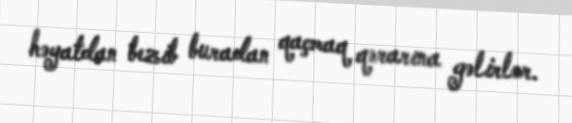
həyatdan bezib buradan qaçmaq qərarına gəlirlər.